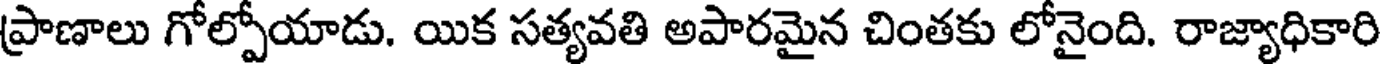
ప్రాణాలు గోల్పోయాడు. యిక సత్యవతి అపారమైన చింతకు లోనైంది. రాజ్యాధికారి